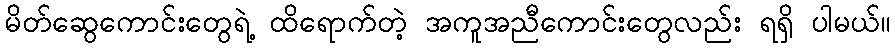
မိတ်ဆွေကောင်းတွေရဲ့ ထိရောက်တဲ့ အကူအညီကောင်းတွေလည်း ရရှိ ပါမယ်။